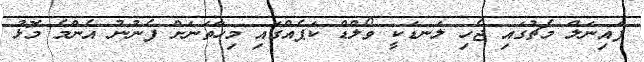
ފައިނަލް މެޗުގައި ޖެހި ލަނޑަކީ ވޯލްޑް ކަޕެއްގައި މިހާތަނަށް ފެނުނު އެންމެ މޮޅު